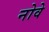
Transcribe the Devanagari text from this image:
नोवे